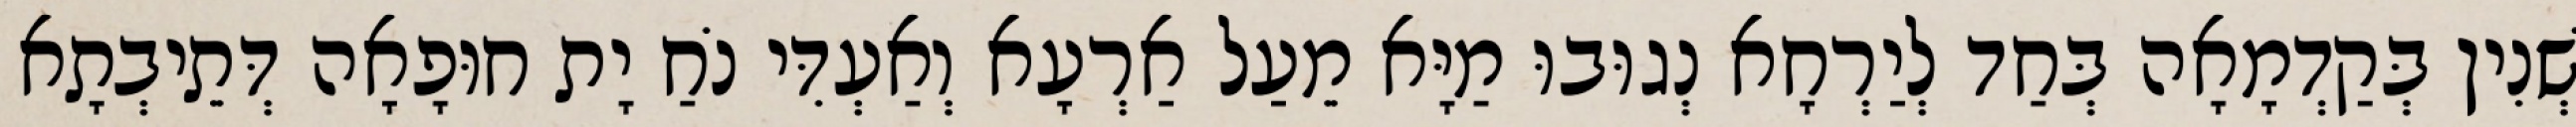
שְׁנִין בְּקַדְמָאָה בְּחַד לְיַרְחָא נְגוּבוּ מַיָּא מֵעַל אַרְעָא וְאַעְדִּי נֹחַ יָת חוּפָאָה דְּתֵיבְתָא